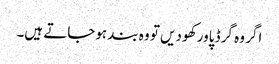
اگر وہ گرڈ پاور کھو دیں تو وہ بند ہوجاتے ہیں۔